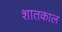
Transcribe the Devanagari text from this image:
शातकाल